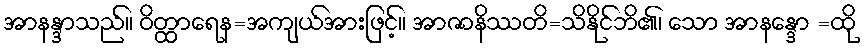
အာနန္ဒာသည်။ ဝိတ္ထာရေန=အကျယ်အားဖြင့်။ အာဇာနိဿတိ=သိနိုင်ဘိ၏၊ သော အာနန္ဒော =ထို